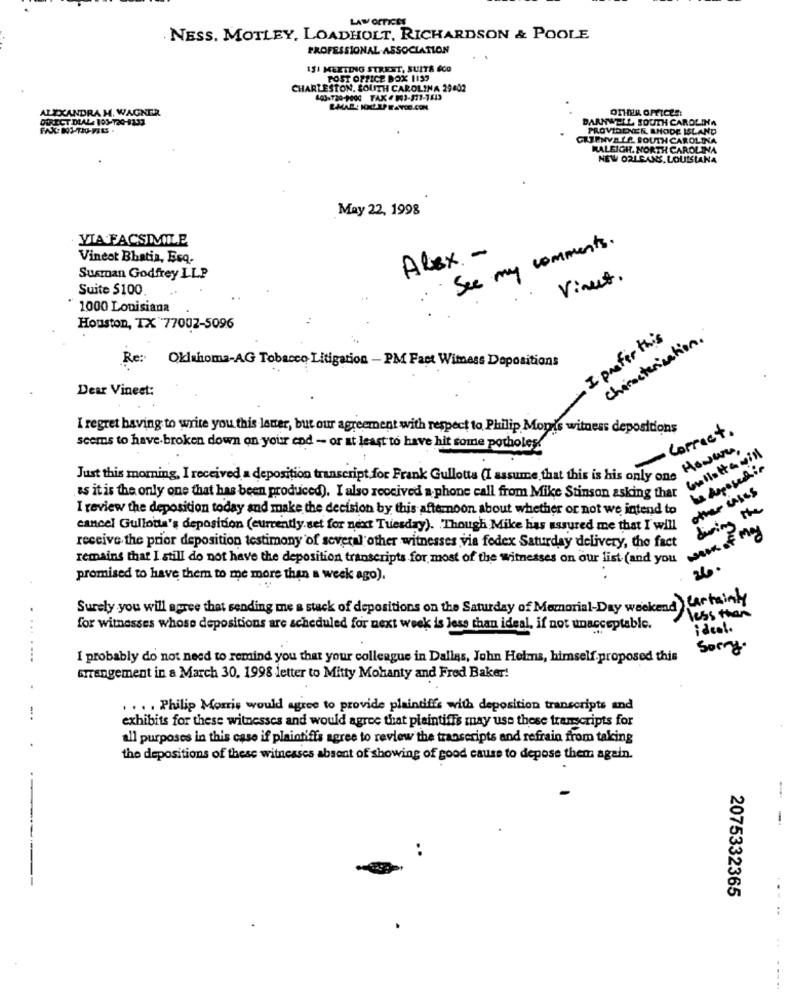
LAW OFFICES
. NESS. MOTLEY, LOADHOLT, RICHARDSON & POOLE
PROFESSIONAL ASSOCIATION
ISI MEETING STREET, SUITA $CO
POST OFFICE BOX 1137
CHARLESTON, SOUTH CAROLINA 29402
100-720-9000 FAX.903-371-7513
ALEXANDRA H. WAGNER
DIRECT DIAL: 101-120-9233
BARNWELL SOUTH CAROLINA
PROVIDENCE, RHODE ISLAND
GREENVELL SOUTH CAROLINA
RALEIGH. NORTH CAROLINA
NEW ORLEANS, LOUISIANA
May 22, 1998
VIA FACSIMILE
See my comments.
Vineet Bhatia, Esq.
Alex. -
Susman Godfrey LLP
Vinut.
Suite $100
" 1000 Louisiana
Houston, TX 77002-5096
I prefer this
Characterisation.
Re :.
Oklahoma-AG Tobacco Litigation - PM Fact Witness Dopositions
Dear Vineet:
I regret having to write you this letter, but our agreement with respect to Philip Mopis witness depositions
Correct.
seems to have broken down on your end - or at least to have hit some potholes!
Just this morning, I received a deposition transcript for Frank Gullotts (I assume that this is his only one More
as it is the only one that has been produced). I also received a phone call from Mike stinson mayo
other cases
I review the deposition today and make the decision by this afternoon about whether or not we intend to
during the
cancel Gullotta's deposition (currently set for next Tuesday). Though Mike has assured me that I will
receive the prior deposition testimony of several other witnesses via fedex Saturday delivery, the fact
remains that I still do not have the deposition transcripts for most of the witnesses on our list (and unmask of
26.
promised to have them to me more than a week ago).
Surely you will agree that sending me a stack of depositions on the Saturday of Memorial-Day weekend Certainly
less than
for witnesses whose depositions are scheduled for next week is less than ideal, if not unacceptable.
ideal.
Somg.
I probably do not need to remind you that your colleague in Dallas, John Helms, himself.proposed this
arrangement in a March 30, 1998 letter to Mitty Mohanty and Fred Baker!
... . Philip Morris would agree to provide plaintiffs with deposition transcripts and
exhibits for these witnesses and would agree that plaintiffs may use these transcripts for
all purposes in this case if plaintiffs agree to review the transcripts and refrain from taking
the depositions of these witnesses absent of showing of good cause to depose them again.
- -
2075332365